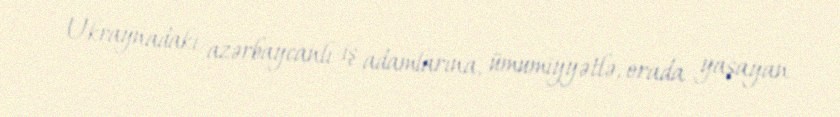
- Ukraynadakı azərbaycanlı iş adamlarına, ümumiyyətlə, orada yaşayan